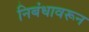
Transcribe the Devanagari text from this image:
निबंधावरून